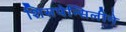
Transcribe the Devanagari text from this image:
शिसपेन्सिलीने